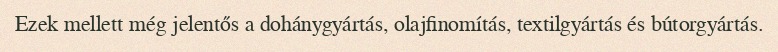
Ezek mellett még jelentős a dohánygyártás, olajfinomítás, textilgyártás és bútorgyártás.